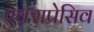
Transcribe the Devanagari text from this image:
एक्सप्रेसिव